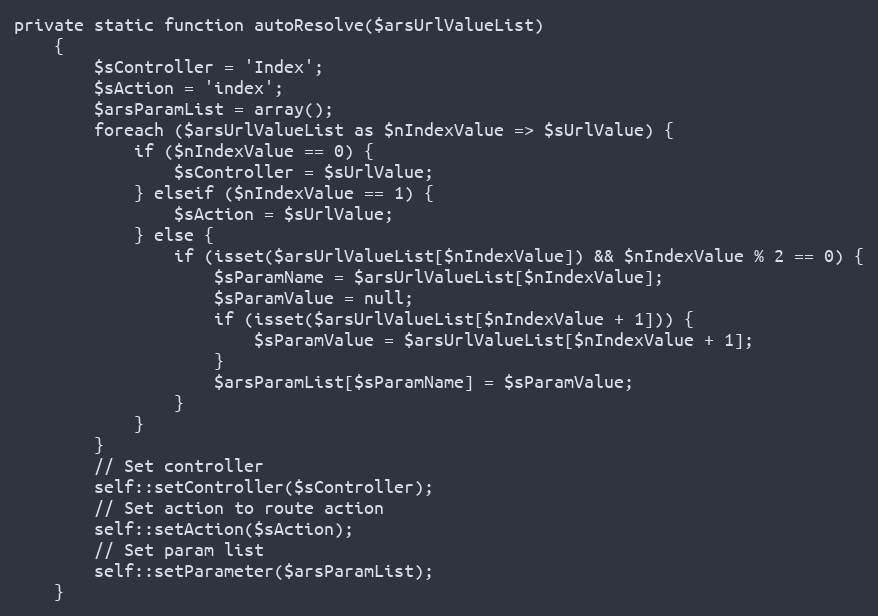
Language: PHP
private static function autoResolve($arsUrlValueList)
    {
        $sController = 'Index';
        $sAction = 'index';
        $arsParamList = array();
        foreach ($arsUrlValueList as $nIndexValue => $sUrlValue) {
            if ($nIndexValue == 0) {
                $sController = $sUrlValue;
            } elseif ($nIndexValue == 1) {
                $sAction = $sUrlValue;
            } else {
                if (isset($arsUrlValueList[$nIndexValue]) && $nIndexValue % 2 == 0) {
                    $sParamName = $arsUrlValueList[$nIndexValue];
                    $sParamValue = null;
                    if (isset($arsUrlValueList[$nIndexValue + 1])) {
                        $sParamValue = $arsUrlValueList[$nIndexValue + 1];
                    }
                    $arsParamList[$sParamName] = $sParamValue;
                }
            }
        }
        // Set controller
        self::setController($sController);
        // Set action to route action
        self::setAction($sAction);
        // Set param list
        self::setParameter($arsParamList);
    }